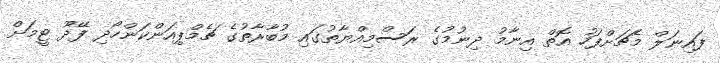
ފައިނަލް މެޗަށްފަހު އޮތް އިނާމު ދިނުމުގެ ރަސްމިއްޔާތުގައި މުބާރާތުގެ ޗެމްޕިއަންކަންހޯދި ފޭދޫ ޓީމަށް